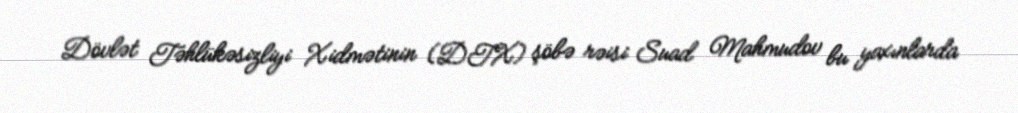
Dövlət Təhlükəsizliyi Xidmətinin (DTX) şöbə rəisi Suad Mahmudov bu yaxınlarda